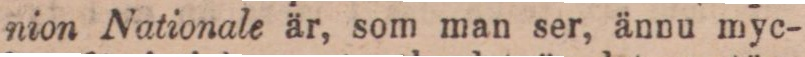
nion Nationale är, som man ser, ännu myc-